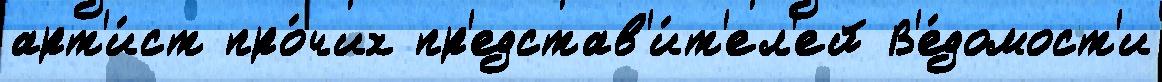
арт'и́ст про́чих пр'едстав'и́т'ел'ей В'е́домост'и